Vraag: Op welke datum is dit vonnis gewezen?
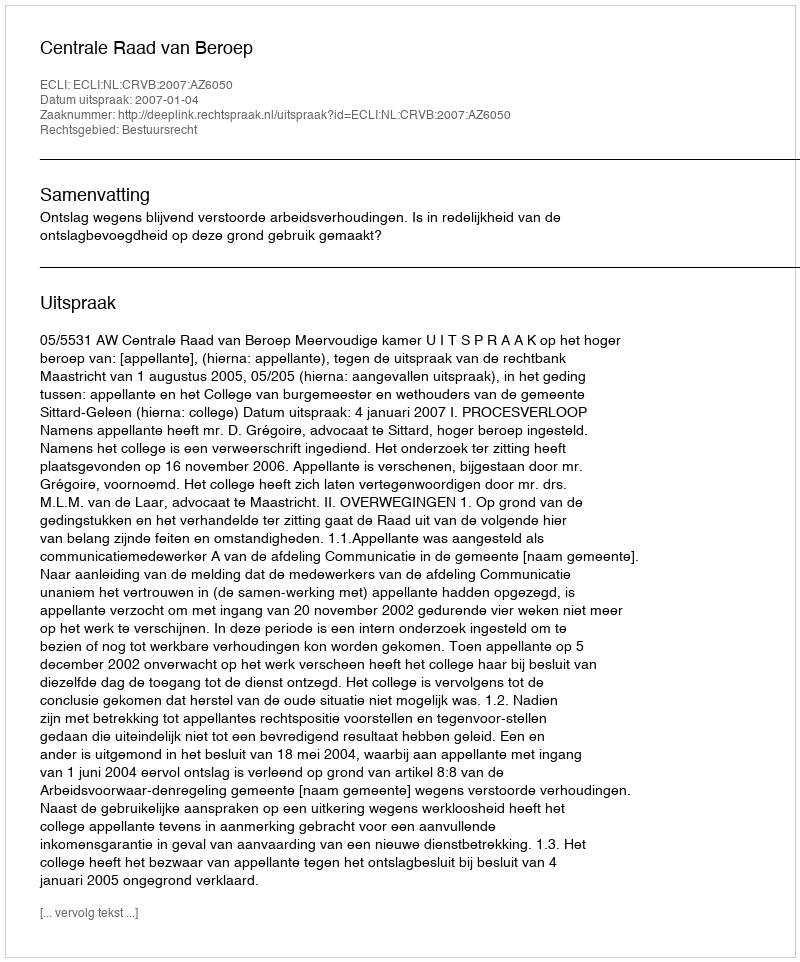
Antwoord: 2007-01-04